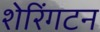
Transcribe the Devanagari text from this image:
शेरिंगटन